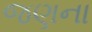
જણના